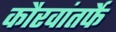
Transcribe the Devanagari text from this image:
कौरवांतर्फे